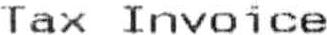
TAX INVOICE